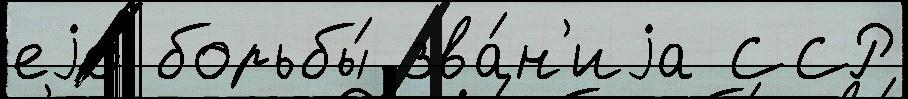
еjо́ борьбы́ зва́н'иjа ССР